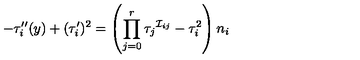
- \tau _ { i } ^ { \prime \prime } ( y ) + ( \tau _ { i } ^ { \prime } ) ^ { 2 } = \left( \prod _ { j = 0 } ^ { r } \tau _ { j } { } ^ { \mathcal { I } _ { i j } } - \tau _ { i } ^ { 2 } \right) n _ { i }